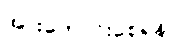
အားကောင်းစေရန်